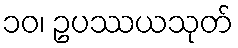
၁၀၊ ဥပဿယသုတ်